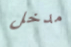
مدخل